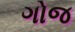
ગોજ